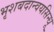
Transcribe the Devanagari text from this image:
भृशबदान्वयसिन्धू